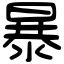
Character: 暴